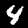
Digit: 4